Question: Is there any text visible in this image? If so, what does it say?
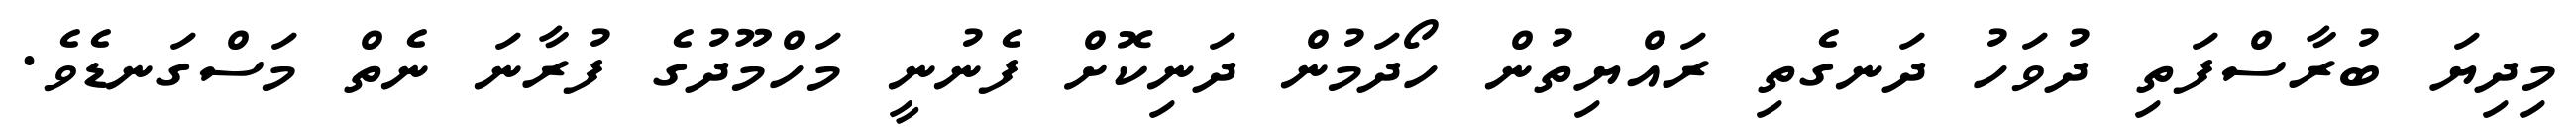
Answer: މިދިޔަ ބުރާސްފަތި ދުވަހު ދަނގެތި ރައްޔިތުން ހޯދަމުން ދަނިކޮށް ފެނުނީ މަހްމޫދުގެ ފުރާނަ ނެތް މަސްގަނޑެވެ.